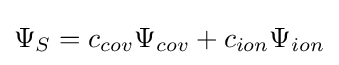
\Psi _{S}=c_{cov}\Psi _{cov}+c_{ion}\Psi _{ion}